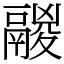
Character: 鬷